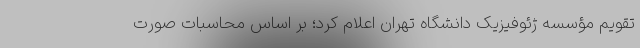
تقویم مؤسسه ژئوفیزیک دانشگاه تهران اعلام کرد؛ بر اساس محاسبات صورت